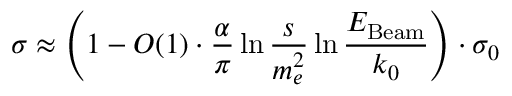
\sigma \approx \left( 1 - { \cal O } ( 1 ) \cdot \frac { \alpha } { \pi } \ln \frac { s } { m _ { e } ^ { 2 } } \ln \frac { E _ { \mathrm { B e a m } } } { k _ { 0 } } \right) \cdot \sigma _ { 0 }